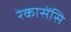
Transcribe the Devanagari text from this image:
रेकासेंसि